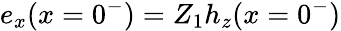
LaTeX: {e_{x}(x=0^{-})=Z_{1}h_{z}(x=0^{-})}